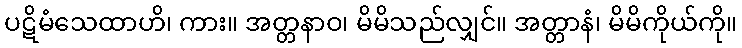
ပဋိမံသေထာဟိ၊ ကား။ အတ္တနာဝ၊ မိမိသည်လျှင်။ အတ္တာနံ၊ မိမိကိုယ်ကို။